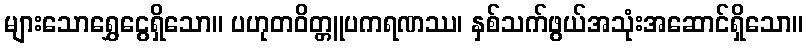
များသောရွှေငွေရှိသော။ ပဟုတဝိတ္တူပကရဏဿ၊ နှစ်သက်ဖွယ်အသုံးအဆောင်ရှိသော။